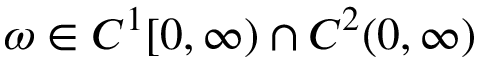
\omega \in C ^ { 1 } [ 0 , \infty ) \cap C ^ { 2 } ( 0 , \infty )